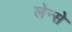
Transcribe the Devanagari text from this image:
लेन्से